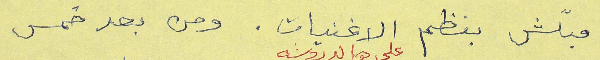
مبلّش بنظم الاغنيات. ومن بعد خمس